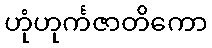
ဟုံဟုင်္ကဇာတိကော